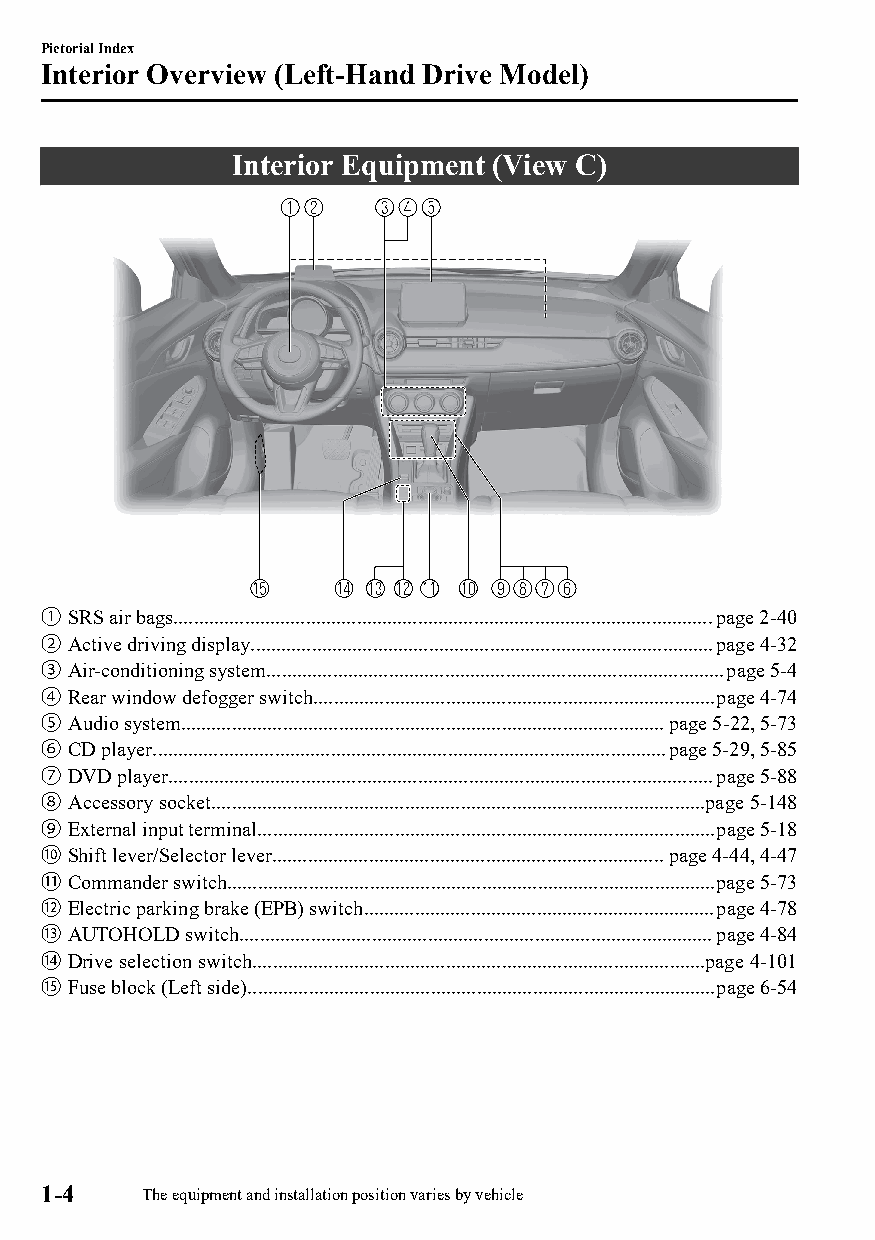
Pictorial Index
 Interior Overview (Left-Hand Drive Model)
 Interior Equipment (View C)
 ① SRS air bags..........................................................................................................page 2-40
 ② Active driving display...........................................................................................page 4-32
 ③ Air-conditioning system..........................................................................................page 5-4
 ④ Rear window defogger switch...............................................................................page 4-74
 ⑤ Audio system...............................................................................................page 5-22, 5-73
 ⑥ CD player.....................................................................................................page 5-29, 5-85
 ⑦ DVD player...........................................................................................................page 5-88
 ⑧ Accessory socket.................................................................................................page 5-148
 ⑨ External input terminal..........................................................................................page 5-18
 ⑩ Shift lever/Selector lever.............................................................................page 4-44, 4-47
 ⑪ Commander switch................................................................................................page 5-73
 ⑫ Electric parking brake (EPB) switch.....................................................................page 4-78
 ⑬ AUTOHOLD switch.............................................................................................page 4-84
 ⑭ Drive selection switch.........................................................................................page 4-101
 ⑮ Fuse block (Left side)............................................................................................page 6-54
 1-4    The equipment and installation position varies by vehicle
 CX-3_8GT4-EE-18D_Edition4                  2018-9-6 18:32:19